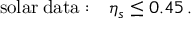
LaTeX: \mathrm { s o l a r \: d a t a : } \quad \eta _ { s } \leq 0 . 4 5 \, .